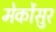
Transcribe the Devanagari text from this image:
मेर्कोसुर